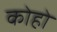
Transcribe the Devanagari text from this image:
कोहो